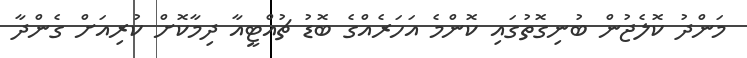
މަންދު ކޮލެޖުން ބުނިގޮތުގައި ކޮންމެ އަހަރެއްގެ ބޮޑު ޗުއްޓީއާ ދިމާކޮށް ކުރިއަށް ގެންދާ